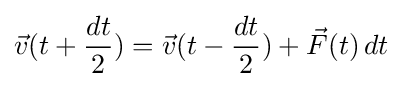
{\vec {v}}(t+{\frac {dt}{2}})={\vec {v}}(t-{\frac {dt}{2}})+{\vec {F}}(t)\,dt